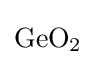
{\mathrm {GeO} {\vphantom {A}}_{\smash[{t}]{2}}}